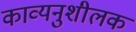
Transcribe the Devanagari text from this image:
काव्यनुशीलक